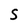
Character: S